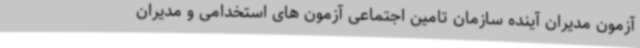
آزمون مدیران آینده سازمان تامین اجتماعی آزمون های استخدامی و مدیران